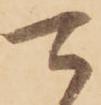
可